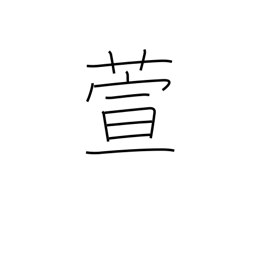
Meaning: miscanthus reed